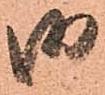
御